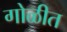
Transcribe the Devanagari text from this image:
गोळीत